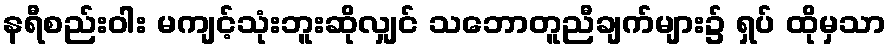
နရီစည်းဝါး မကျင့်သုံးဘူးဆိုလျှင် သဘောတူညီချက်များ၌ ရှပ် ထိုမှသာ